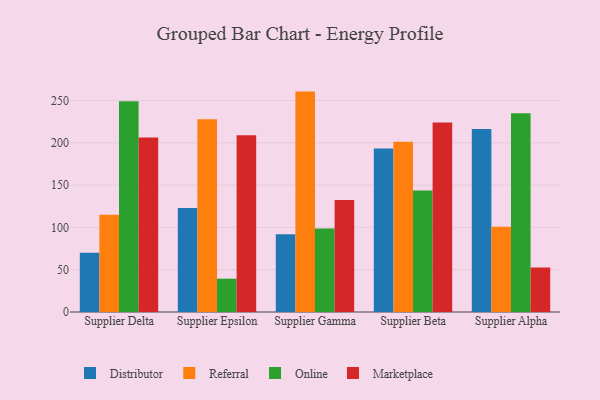
{"axis": {"x": "Supplier", "y": "Churn Rate (%)"}, "legend": ["Distributor", "Marketplace", "Online", "Referral"], "data": [{"x": "Supplier Delta", "y": 70.0, "type": "Distributor"}, {"x": "Supplier Delta", "y": 115.0, "type": "Referral"}, {"x": "Supplier Delta", "y": 249.0, "type": "Online"}, {"x": "Supplier Delta", "y": 206.2, "type": "Marketplace"}, {"x": "Supplier Epsilon", "y": 122.9, "type": "Distributor"}, {"x": "Supplier Epsilon", "y": 227.8, "type": "Referral"}, {"x": "Supplier Epsilon", "y": 39.4, "type": "Online"}, {"x": "Supplier Epsilon", "y": 208.8, "type": "Marketplace"}, {"x": "Supplier Gamma", "y": 91.8, "type": "Distributor"}, {"x": "Supplier Gamma", "y": 260.5, "type": "Referral"}, {"x": "Supplier Gamma", "y": 98.7, "type": "Online"}, {"x": "Supplier Gamma", "y": 132.5, "type": "Marketplace"}, {"x": "Supplier Beta", "y": 193.2, "type": "Distributor"}, {"x": "Supplier Beta", "y": 201.3, "type": "Referral"}, {"x": "Supplier Beta", "y": 143.6, "type": "Online"}, {"x": "Supplier Beta", "y": 224.0, "type": "Marketplace"}, {"x": "Supplier Alpha", "y": 216.2, "type": "Distributor"}, {"x": "Supplier Alpha", "y": 100.9, "type": "Referral"}, {"x": "Supplier Alpha", "y": 235.0, "type": "Online"}, {"x": "Supplier Alpha", "y": 52.7, "type": "Marketplace"}]}